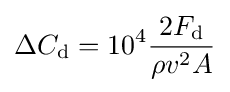
\Delta C_{\mathrm {d} }=10^{4}{\dfrac {2F_{\mathrm {d} }}{\rho v^{2}A}}